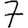
Digit: 7